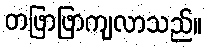
တဖြာဖြာကျလာသည်။